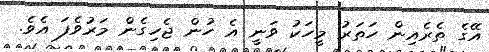
އޭގެ ތެރެއިން ހަތަރު މީހަކު ވަނީ އެ ހުން ޖެހިގެން މަރުވެފަ އެވެ.